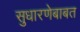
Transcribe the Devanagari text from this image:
सुधारणेबाबत